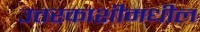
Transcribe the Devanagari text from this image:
उत्तरकाशीमधील